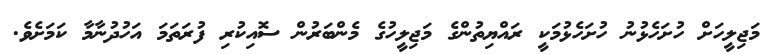
މަޖިލީހަށް ހުށަހެޅުނު ހުށަހެޅުމަކީ ރައްޔިތުންގެ މަޖިލީހުގެ މެންބަރުން ސޮއިކުރި ފުރަތަމަ އަހުދުނާމާ ކަމަށެވެ.